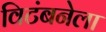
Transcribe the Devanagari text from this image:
विटंबनेला